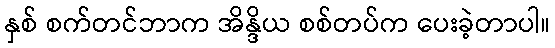
နှစ် စက်တင်ဘာက အိန္ဒိယ စစ်တပ်က ပေးခဲ့တာပါ။